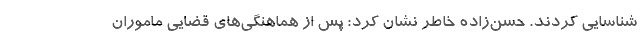
شناسایی کردند. حسن‌زاده خاطر نشان کرد: پس از هماهنگی‌های قضایی ماموران